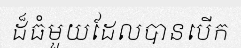
ដ៏ធំមួយដែលបានបើក